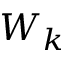
W _ { k }